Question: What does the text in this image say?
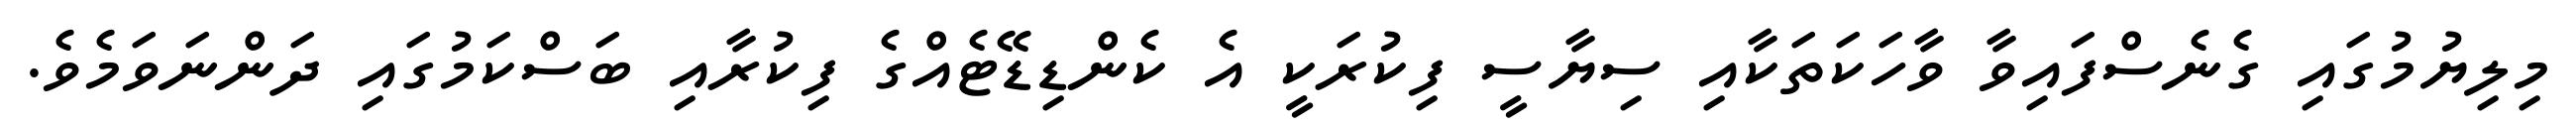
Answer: މިލިޔުމުގައި ގެނެސްފައިވާ ވާހަކަތަކާއި ސިޔާސީ ފިކުރަކީ އެ ކެންޑިޑޭޓެއްގެ ފިކުރާއި ބަސްކަމުގައި ދަންނަވަމެވެ.